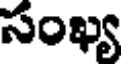
సంఖ్య